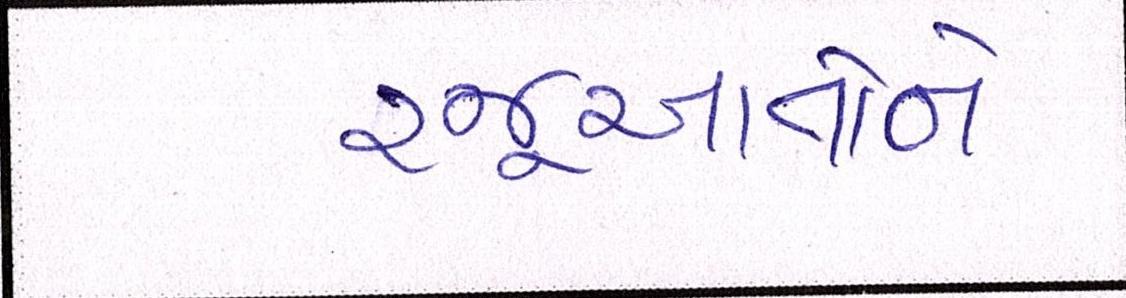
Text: રજૂઆતોને